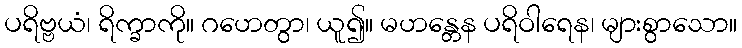
ပရိဗ္ဗယံ၊ ရိက္ခာကို။ ဂဟေတွာ၊ ယူ၍။ မဟန္တေန ပရိဝါရေန၊ များစွာသော။